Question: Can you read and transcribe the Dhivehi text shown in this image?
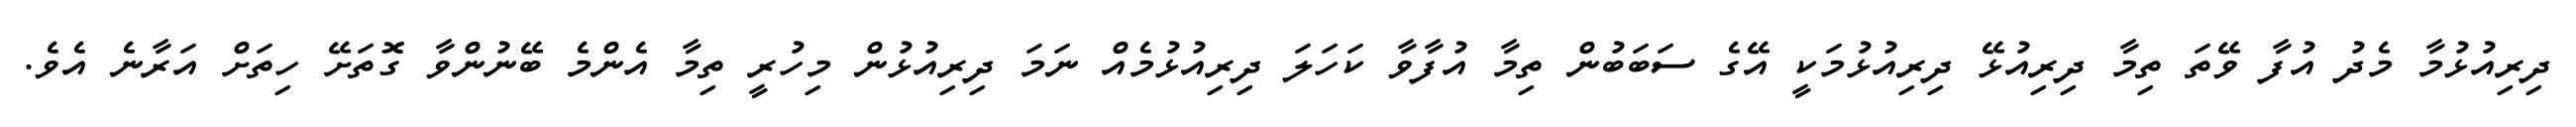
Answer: ދިރިއުޅުމާ މެދު އުފާ ވޭތަ ތިމާ ދިރިއުޅޭ ދިރިއުޅުމަކީ އޭގެ ސަބަބުން ތިމާ އުފާވާ ކަހަލަ ދިރިއުޅުމެއް ނަމަ ދިރިއުޅުން މިހުރީ ތިމާ އެންމެ ބޭނުންވާ ގޮތަށޭ ހިތަށް އަރާނެ އެވެ.